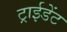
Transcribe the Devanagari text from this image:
ट्राईडेंट